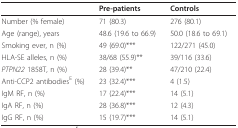
<table><thead><tr><td></td><td><b>Pre-patients</b></td><td><b>Controls</b></td></tr></thead><tbody><tr><td>Number (% female)</td><td>71 (80.3)</td><td>276 (80.1)</td></tr><tr><td>Age (range), years</td><td>48.6 (19.6 to 66.9)</td><td>50.0 (18.6 to 69.1)</td></tr><tr><td>Smoking ever, n (%)</td><td>49 (69.0)***</td><td>122/271 (45.0)</td></tr><tr><td>HLA-SE alleles, n (%)</td><td>38/68 (55.9)**</td><td>39/116 (33.6)</td></tr><tr><td><i>PTPN22 </i>1858T, n (%)</td><td>28 (39.4)**</td><td>47/210 (22.4)</td></tr><tr><td>Anti-CCP2 antibodies<sup>E </sup>(%)</td><td>23 (32.4)***</td><td>4 (1.5)</td></tr><tr><td>IgM RF, n (%)</td><td>17 (22.4)***</td><td>14 (5.1)</td></tr><tr><td>IgA RF, n (%)</td><td>28 (36.8)***</td><td>12 (4.3)</td></tr><tr><td>IgG RF, n (%)</td><td>15 (19.7)***</td><td>14 (5.1)</td></tr></tbody></table>